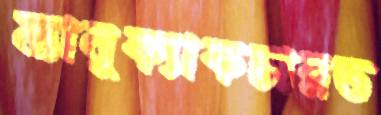
ম্যানুফ্যাকচারড